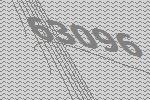
63096